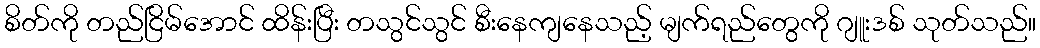
စိတ်ကို တည်ငြိမ်အောင် ထိန်းပြီး တသွင်သွင် စီးနေကျနေသည့် မျက်ရည်တွေကို ဂျူးဒစ် သုတ်သည်။